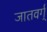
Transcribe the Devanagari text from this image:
जातवर्ग्